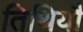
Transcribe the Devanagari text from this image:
तिथियौ